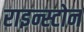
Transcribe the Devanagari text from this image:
राइन्स्टोन